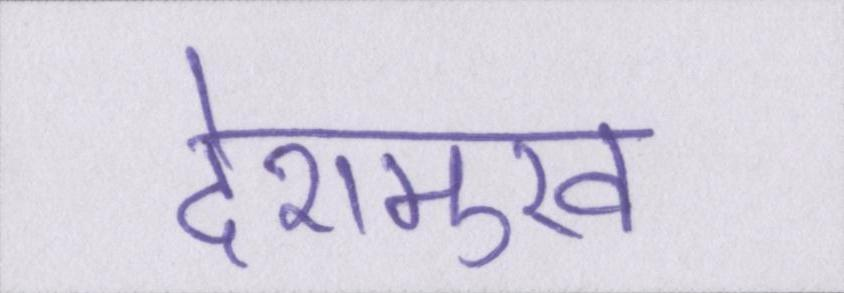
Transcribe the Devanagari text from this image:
देशमुख